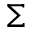
\Sigma